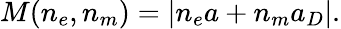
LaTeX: M(n_{e},n_{m})=|n_{e}a+n_{m}a_{D}|.